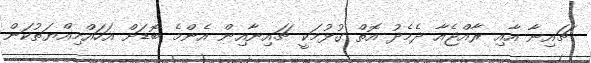
ޗައިނާ އާއި ރާއްޖެއާ ދެމެދު އޮތް ގުޅުމަކީ ޗައިނާއިން އެންމެ ބޮޑަށް އަހައްމިއްޔަތުކަން